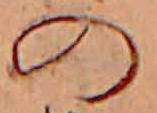
の